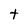
Character: t